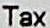
TAX